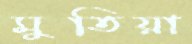
মুতিয়া